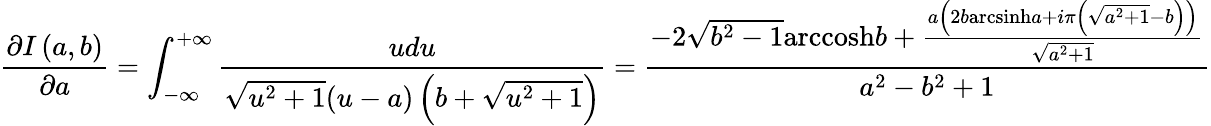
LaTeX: \frac{\partial I\left(a,b\right)}{\partial a}=\int_{-\infty}^{+\infty}{\frac{udu}{\sqrt{{{u}^{2}}+1}(u-a)\left(b+\sqrt{{{u}^{2}}+1}\right)}}=\frac{-2\sqrt{{{b}^{2}}-1}\mathrm{arccosh}b+\frac{a\left(2b\mathrm{arcsinh}a+i\pi\left(\sqrt{{{a}^{2}}+1}-b\right)\right)}{\sqrt{{{a}^{2}}+1}}}{{{a}^{2}}-{{b}^{2}}+1}